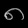
Digit: ၈